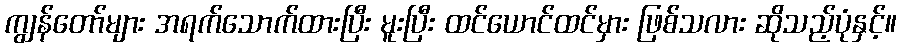
ကျွန်တော်များ အရက်သောက်ထားပြီး မူးပြီး ထင်ယောင်ထင်မှား ဖြစ်သလား ဆိုသည့်ပုံနှင့်။